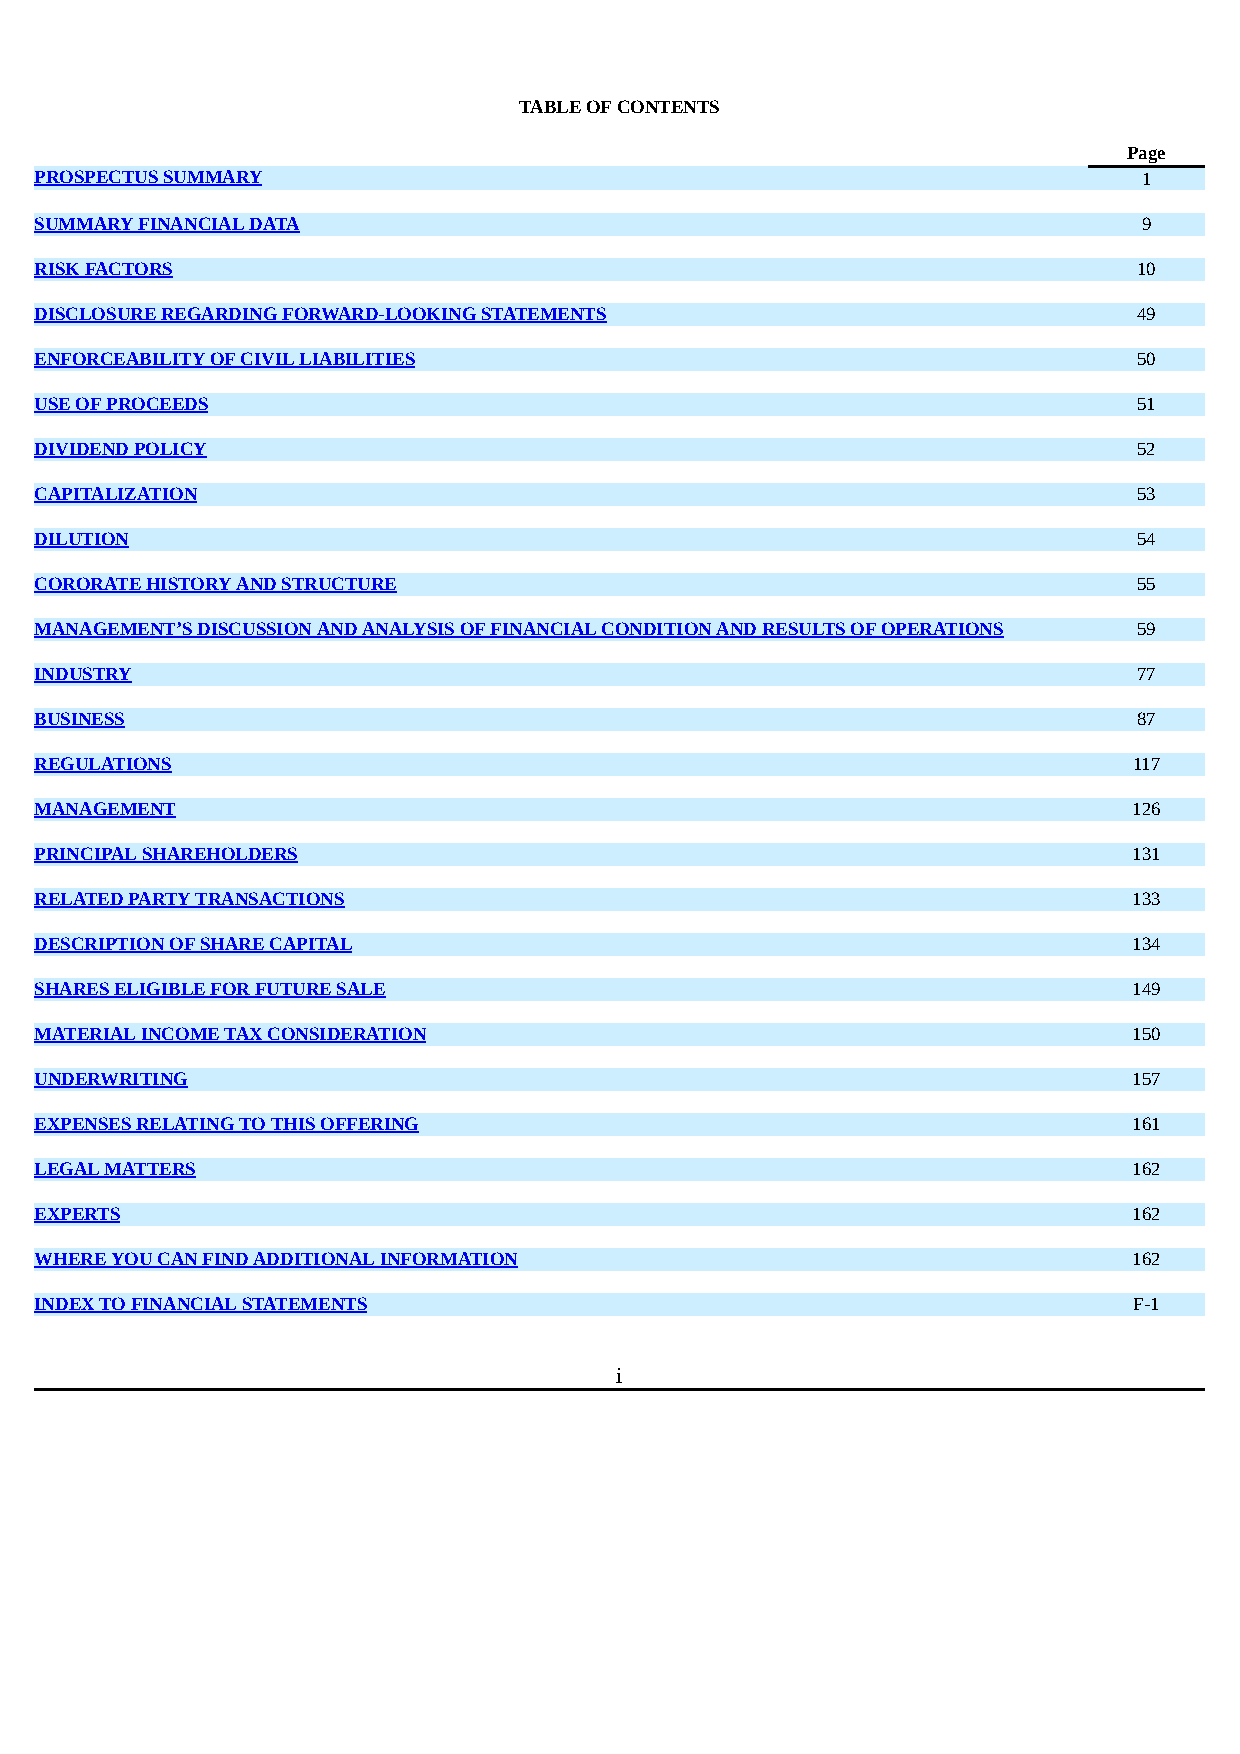
TABLE OF CONTENTS
 Page
 PROSPECTUS SUMMARY                                                        1
 SUMMARY FINANCIAL DATA                                                    9
 RISK FACTORS                                                             10
 DISCLOSURE REGARDING FORWARD-LOOKING STATEMENTS                          49
 ENFORCEABILITY OF CIVIL LIABILITIES                                      50
 USE OF PROCEEDS                                                          51
 DIVIDEND POLICY                                                          52
 CAPITALIZATION                                                           53
 DILUTION                                                                 54
 CORORATE HISTORY AND STRUCTURE                                           55
 MANAGEMENT’S DISCUSSION AND ANALYSIS OF FINANCIAL CONDITION AND RESULTS OF OPERATIONS 59
 INDUSTRY                                                                 77
 BUSINESS                                                                 87
 REGULATIONS                                                              117
 MANAGEMENT                                                               126
 PRINCIPAL SHAREHOLDERS                                                   131
 RELATED PARTY TRANSACTIONS                                               133
 DESCRIPTION OF SHARE CAPITAL                                             134
 SHARES ELIGIBLE FOR FUTURE SALE                                          149
 MATERIAL INCOME TAX CONSIDERATION                                        150
 UNDERWRITING                                                             157
 EXPENSES RELATING TO THIS OFFERING                                       161
 LEGAL MATTERS                                                            162
 EXPERTS                                                                  162
 WHERE YOU CAN FIND ADDITIONAL INFORMATION                                162
 INDEX TO FINANCIAL STATEMENTS                                            F-1
 i